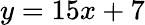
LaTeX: y=15x+7